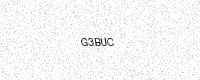
Text: G3BUC